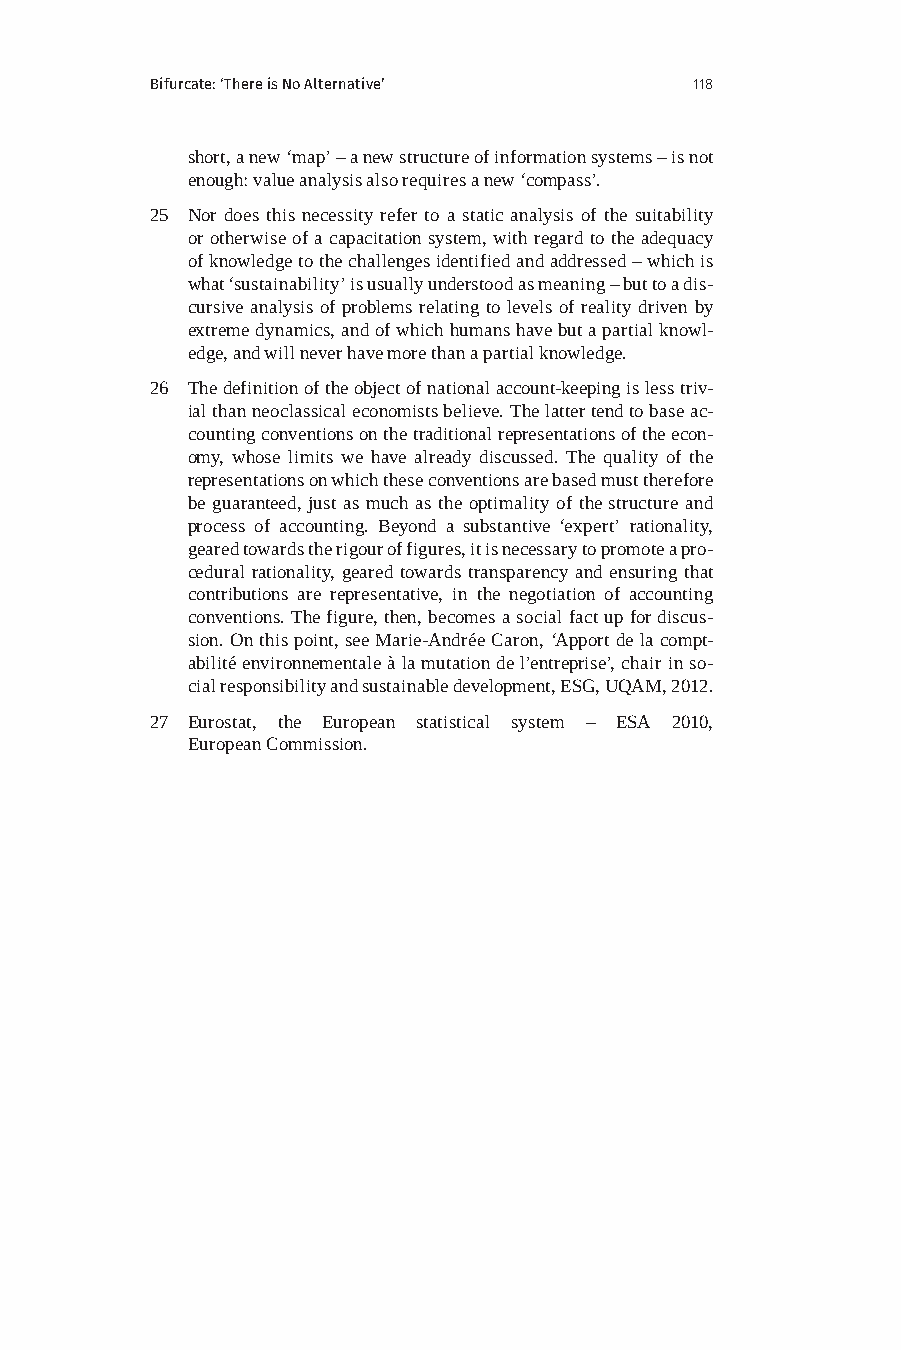
Bifurcate: ‘There is No Alternative’ 118
 short, a new ‘map’ – a new structure of information systems – is not
 enough: value analysis also requires a new ‘compass’.
 25 Nor does this necessity refer to a static analysis of the suitability
 or otherwise of a capacitation system, with regard to the adequacy
 of knowledge to the challenges identified and addressed – which is
 what ‘sustainability’ is usually understood as meaning – but to a dis-
 cursive analysis of problems relating to levels of reality driven by
 extreme dynamics, and of which humans have but a partial knowl-
 edge, and will never have more than a partial knowledge.
 26 The definition of the object of national account-keeping is less triv-
 ial than neoclassical economists believe. The latter tend to base ac-
 counting conventions on the traditional representations of the econ-
 omy, whose limits we have already discussed. The quality of the
 representations on which these conventions are based must therefore
 be guaranteed, just as much as the optimality of the structure and
 process of accounting. Beyond a substantive ‘expert’ rationality,
 geared towards the rigour of figures, it is necessary to promote a pro-
 cedural rationality, geared towards transparency and ensuring that
 contributions are representative, in the negotiation of accounting
 conventions. The figure, then, becomes a social fact up for discus-
 sion. On this point, see Marie-Andrée Caron, ‘Apport de la compt-
 abilité environnementale à la mutation de l’entreprise’, chair in so-
 cial responsibility and sustainable development, ESG, UQAM, 2012.
 27 Eurostat, the European statistical system – ESA 2010,
 European Commission.